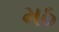
મઠ